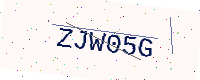
Text: ZJW05G